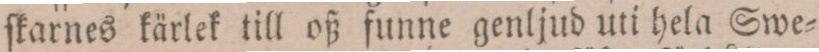
ſkarnes kärlek till oß funne genljud uti hela Swe=